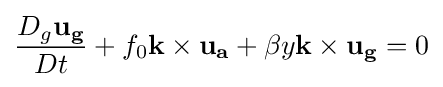
{\frac {D_{g}\mathbf {u_{g}} }{Dt}}+f_{0}\mathbf {k} \times \mathbf {u_{a}} +\beta y\mathbf {k} \times \mathbf {u_{g}} =0